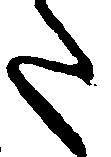
た